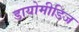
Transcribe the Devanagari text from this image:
डायोमीडिज